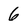
Character: 6